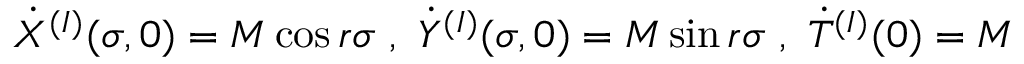
{ \dot { X } } ^ { ( I ) } ( \sigma , 0 ) = M \cos r \sigma ~ , ~ { \dot { Y } } ^ { ( I ) } ( \sigma , 0 ) = M \sin r \sigma ~ , ~ { \dot { T } } ^ { ( I ) } ( 0 ) = M